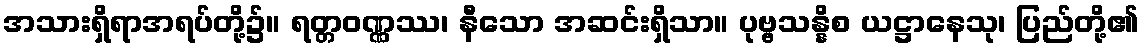
အသားရှိရာအရပ်တို့၌။ ရတ္တဝဏ္ဏဿ၊ နီသော အဆင်းရှိသာ။ ပုဗ္ဗသန္နိစ ယဋ္ဌာနေသု၊ ပြည်တို့၏